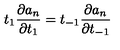
t _ { 1 } \frac { \partial a _ { n } } { \partial t _ { 1 } } = t _ { - 1 } \frac { \partial a _ { n } } { \partial t _ { - 1 } }